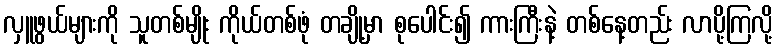
လှူဖွယ်များကို သူတစ်မျိုး ကိုယ်တစ်ဖုံ တချို့မှာ စုပေါင်း၍ ကားကြီးနဲ့ တစ်နေ့တည်း လာပို့ကြလို့